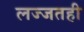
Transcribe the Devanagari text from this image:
लज्जतही